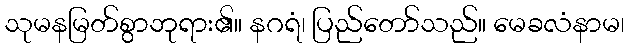
သုမနမြတ်စွာဘုရား၏။ နဂရံ၊ ပြည်တော်သည်။ မေခလံနာမ၊